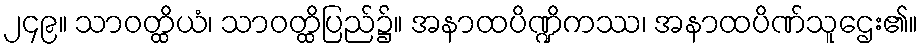
၂၄၉။ သာဝတ္ထိယံ၊ သာဝတ္ထိပြည်၌။ အနာထပိဏ္ဍိကဿ၊ အနာထပိဏ်သူဌေး၏။